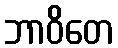
ဘာဝိတေ